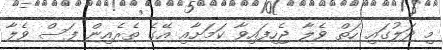
މި ދަލުގައި ހަތް ވެލާ ޖެހިފައިވާ ކަމަށާއި އޭގެ ތެރެއިން ފަސް ވެލާ